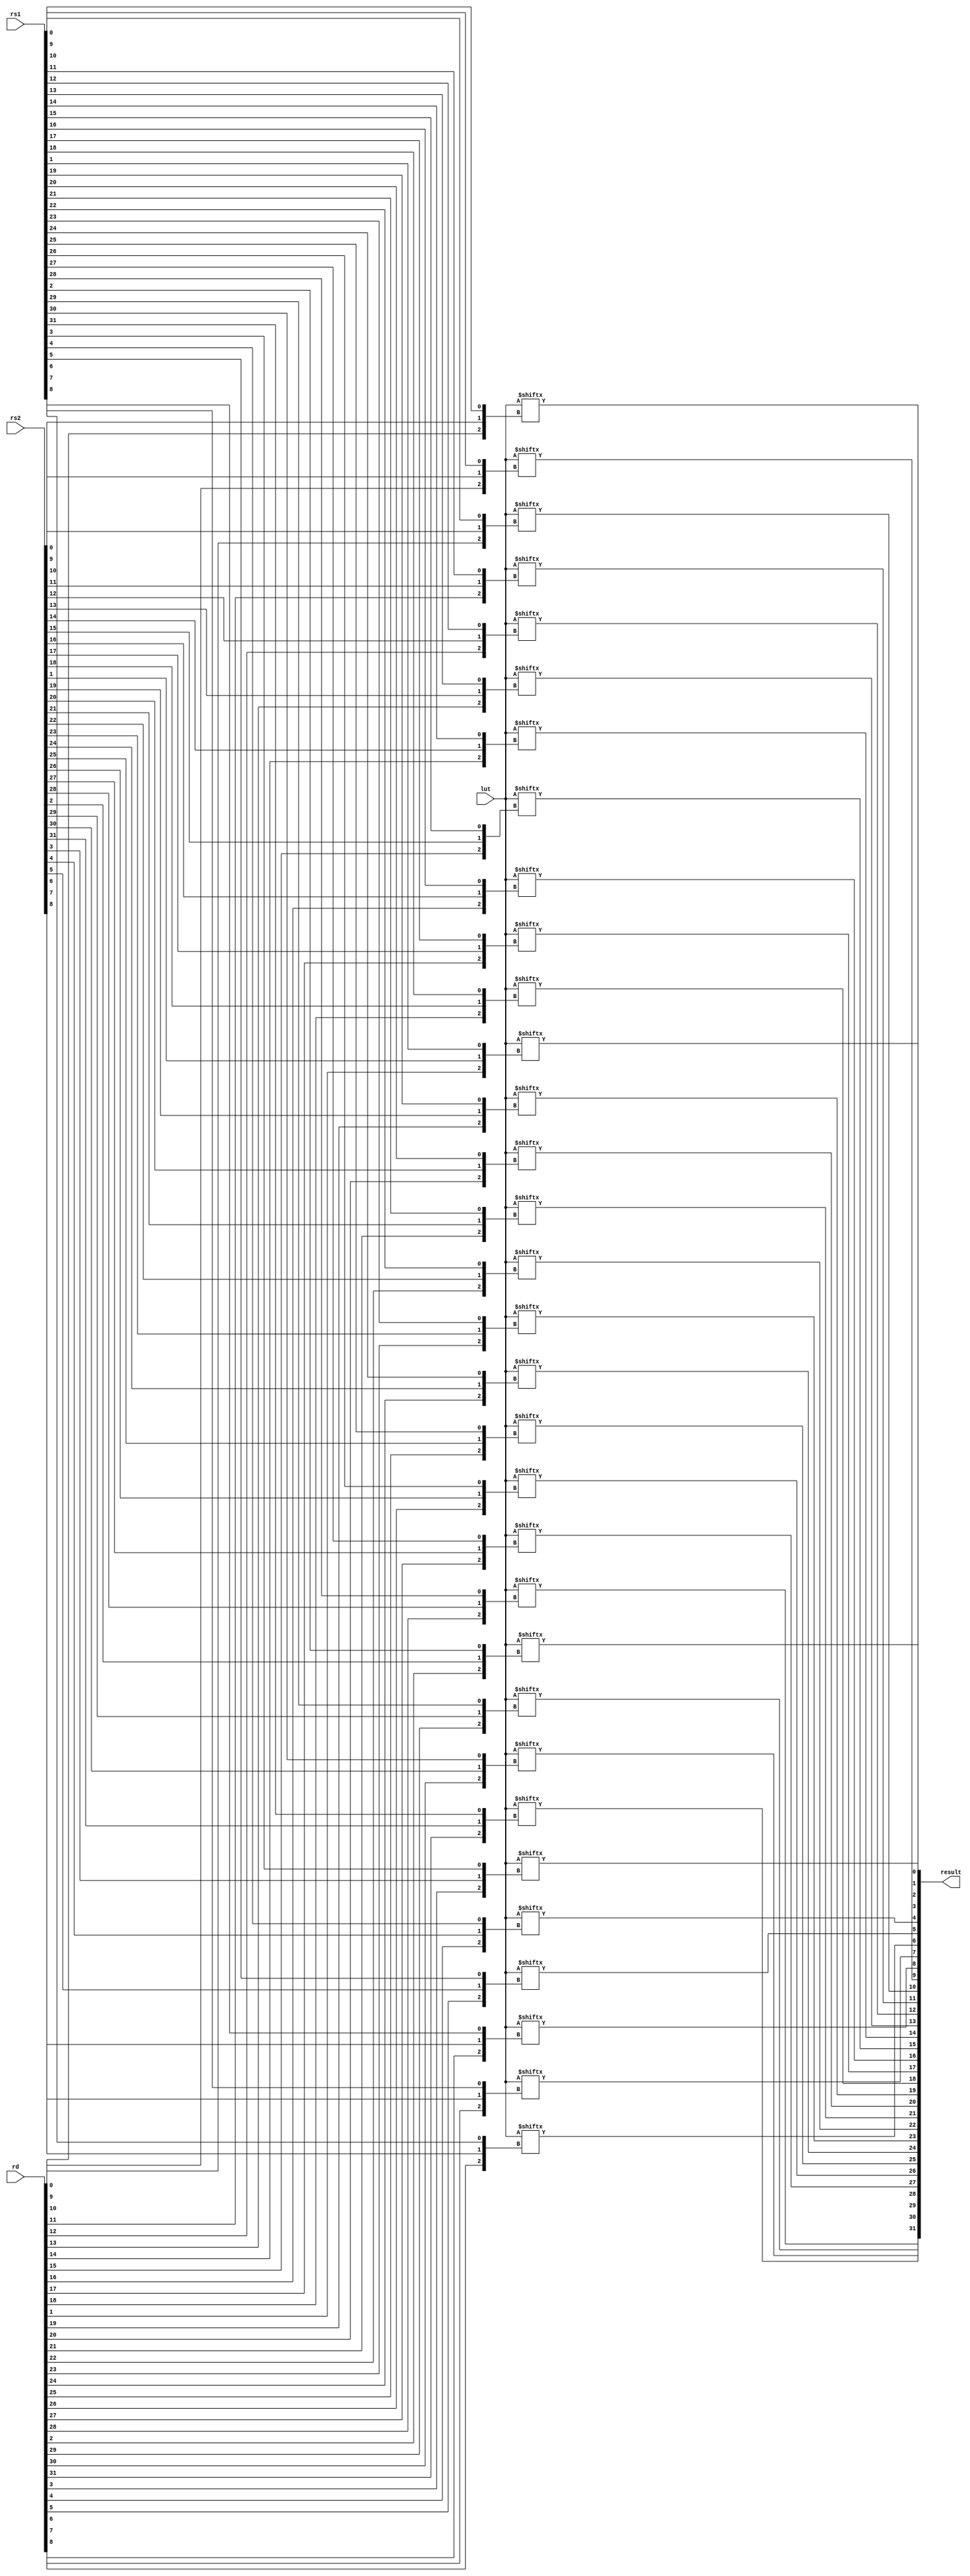

//
// module: b_bop
//
//  Implements the ternary bitwise `bop` instruction
//
module b_bop (

input  wire [31:0] rd       ,
input  wire [31:0] rs1      ,
input  wire [31:0] rs2      ,
input  wire [ 7:0] lut      ,

output wire [31:0] result    

);

genvar i;

generate for(i = 0; i < 32; i = i + 1) begin

    wire [2:0] idx = {
        rd[i], rs2[i], rs1[i]
    };

    assign result[i] = lut[idx];

end endgenerate


endmodule